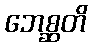
ဘေစ္ဆတိ